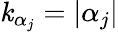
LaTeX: \mathit{k}_{\alpha_{j}}=|\alpha_{j}|